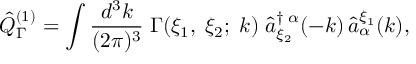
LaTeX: \hat { Q } _ { \Gamma } ^ { ( 1 ) } = \int \frac { d ^ { 3 } k } { ( 2 \pi ) ^ { 3 } } \; \Gamma ( \xi _ { 1 } , \; \xi _ { 2 } ; \; k ) \; \hat { a } _ { \xi _ { 2 } } ^ { \dagger \; \alpha } ( - k ) \, \hat { a } _ { \alpha } ^ { \xi _ { 1 } } ( k ) ,